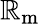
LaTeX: \mathbb{R}_{\mathrm{{m}}}